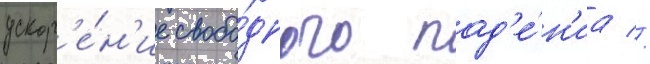
ускор'е́н'ие свобо́дного пад'е́н'иа //